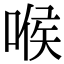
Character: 喉